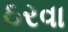
ઠરવા